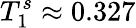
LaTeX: T_{1}^{s}\approx 0.327